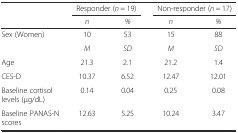
<table><thead><tr><td></td><td colspan="2"><b>Responder (<i>n</i> = 19)</b></td><td colspan="2"><b>Non-responder (<i>n</i> = 17)</b></td></tr><tr><td></td><td><b><i>n</i></b></td><td><b><i>%</i></b></td><td><b><i>n</i></b></td><td><b><i>%</i></b></td></tr></thead><tbody><tr><td>Sex (Women)</td><td>10</td><td>53</td><td>15</td><td>88</td></tr><tr><td></td><td><i>M</i></td><td><i>SD</i></td><td><i>M</i></td><td><i>SD</i></td></tr><tr><td>Age</td><td>21.3</td><td>2.1</td><td>21.2</td><td>1.4</td></tr><tr><td>CES-D</td><td>10.37</td><td>6.52</td><td>12.47</td><td>12.01</td></tr><tr><td>Baseline cortisol levels (μg/dL)</td><td>0.14</td><td>0.04</td><td>0.25</td><td>0.08</td></tr><tr><td>Baseline PANAS-N scores</td><td>12.63</td><td>5.25</td><td>10.24</td><td>3.47</td></tr></tbody></table>